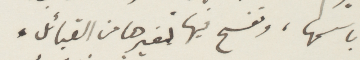
باسمها، ونفسح فيها كغيرها من القبائل،